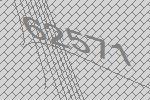
62571